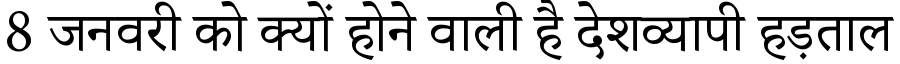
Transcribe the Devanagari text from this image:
8 जनवरी को क्यों होने वाली है देशव्यापी हड़ताल